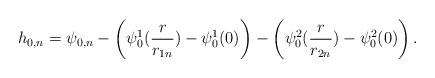
LaTeX: \begin{align*}h_{0,n}=\psi_{0,n}-\left(\psi^1_0(\frac{r}{r_{1n}})-\psi^1_0(0)\right)-\left(\psi^2_0(\frac{r}{r_{2n}})-\psi^2_0(0)\right).\end{align*}